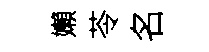
嬾苓名